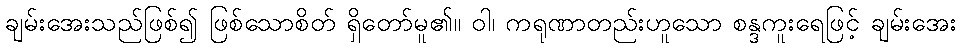
ချမ်းအေးသည်ဖြစ်၍ ဖြစ်သောစိတ် ရှိတော်မူ၏။ ဝါ၊ ကရုဏာတည်းဟူသော စန္ဒကူးရေဖြင့် ချမ်းအေး